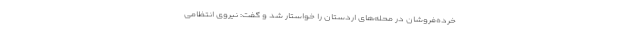
خرده‌فروشان در محله‌های اردستان را خواستار شد و گفت: نیروی انتظامی